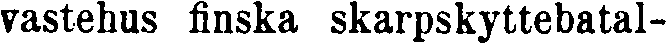
vastehus finska skarpskyttebatal-